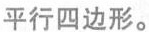
平行四边形。